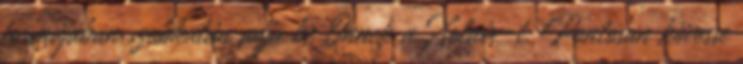
formájában szubkután adja be Önnek a Xolair-t. Pontosan kövesse